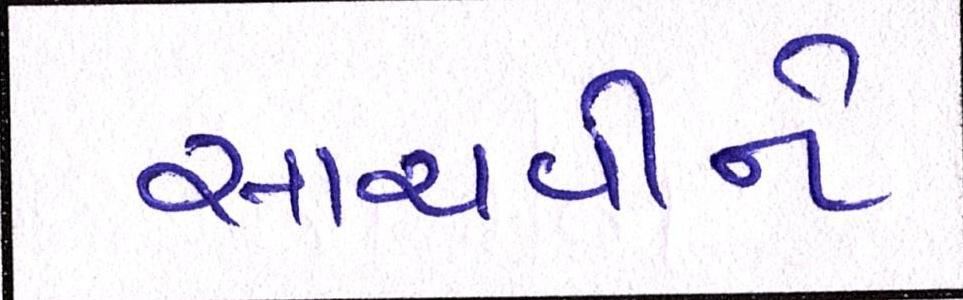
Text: સાચવીને